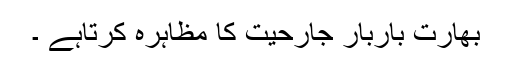
بھارت باربار جارحیت کا مظاہرہ کرتاہے ۔